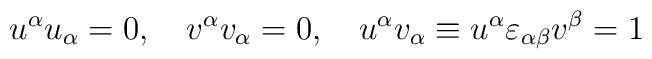
u^\alpha u_\alpha=0,\quad v^\alpha v_\alpha=0,\quad u^\alpha v_\alpha\equiv u^\alpha\varepsilon_{\alpha\beta}v^\beta=1